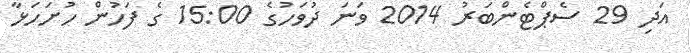
އަދި 29 ސެޕްޓެންބަރު 2014 ވަނަ ދުވަހުގެ 15:00 ގެ ފަހުން ހުށަހަޅާ